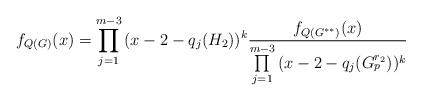
LaTeX: \begin{align*}f_{Q(G)} (x) = \prod\limits_{j = 1}^{m - 3} {(x - 2- q_j (H_2 ))^k }\frac{{f_{Q(G^{**} )} (x)}}{{\prod\limits_{j = 1}^{m - 3} {(x - 2 -q_j (G_p^{r_2} ))^k } }}\end{align*}